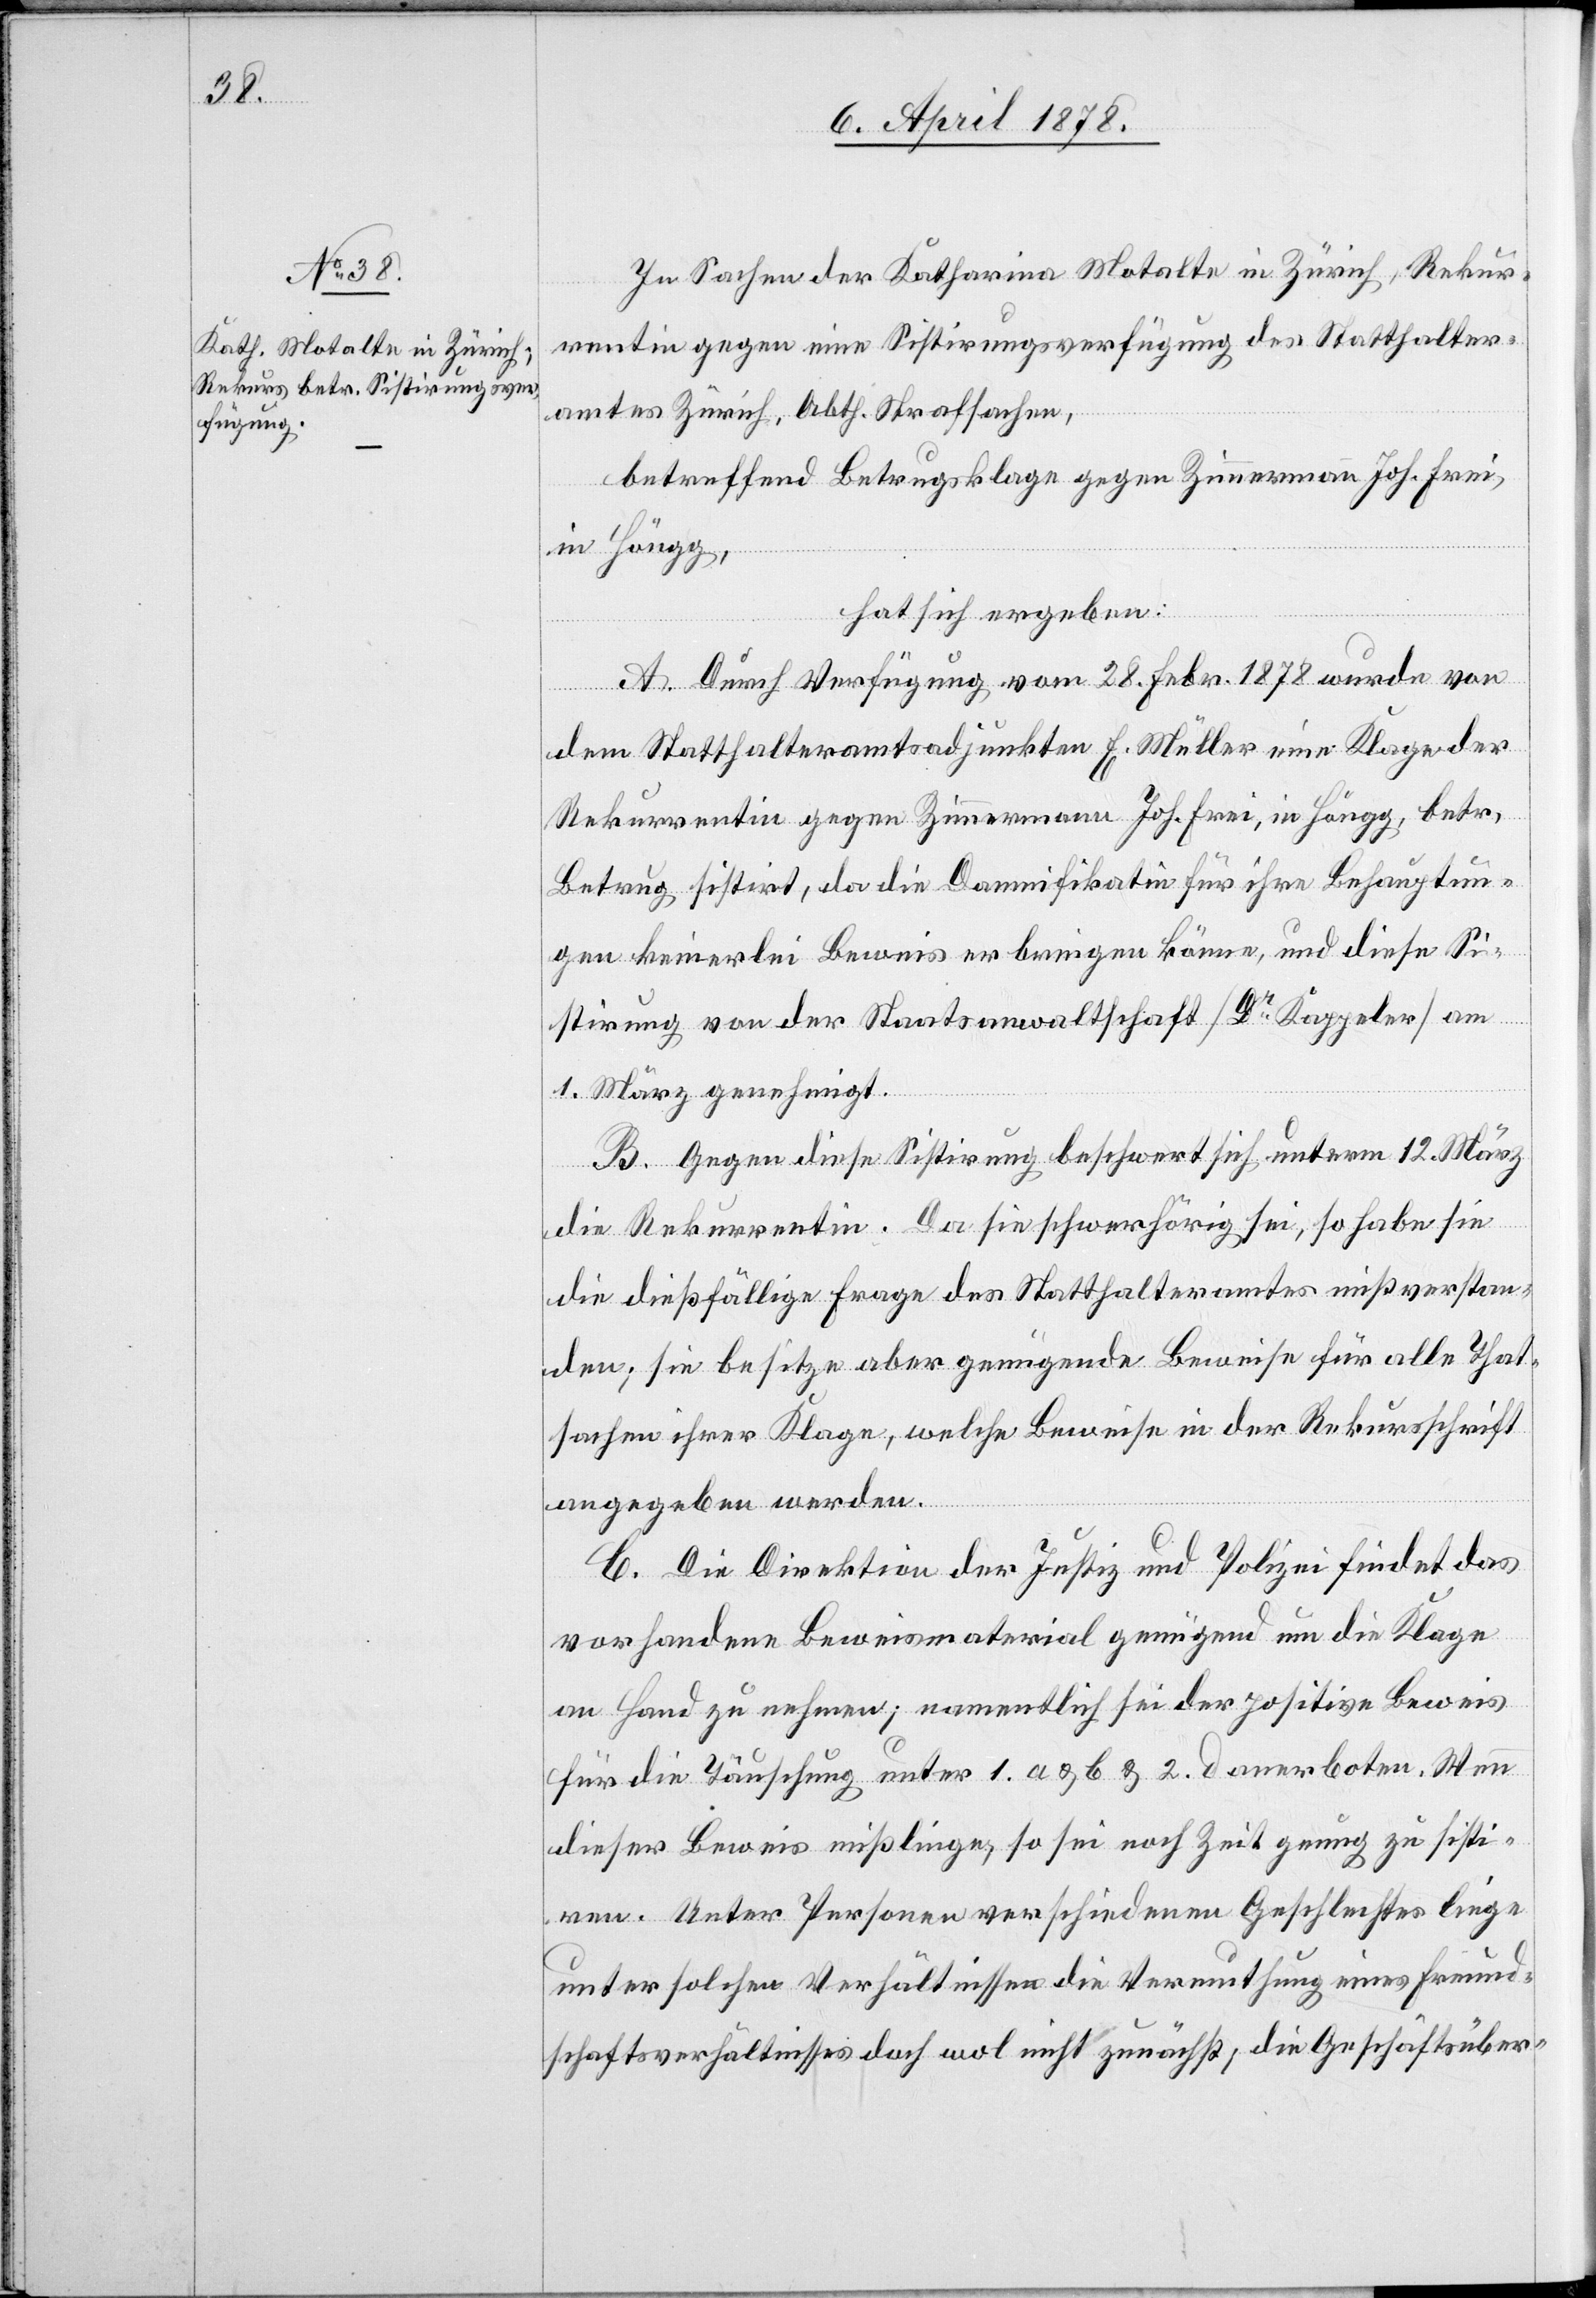
In Sachen der Katharina Motalte in Zürich, Rekur¬
rentin gegen eine Sistirungsverfügung des Statthalter¬
amtes Zürich, Abth. Strafsachen,
betreffend Betrugsklage gegen Zimmermann Joh. Frei
in Höngg,
hat sich ergeben:
A. Durch Verfügung vom 28. Febr. 1878 wurde von
ren.
dem Statthalteramtsadjunkten E. Füller eine Klage der
Rekurrentin gegen Zimmermann Joh. Frei, in Höngg, betr.
Betrug sistirt, da die Damnifikation für ihre Behauptun¬
gen keinerlei Beweis erbringen könne, und diese Si¬
stirung von der Staatsanwaltschaft (Dr Kappeler) am
1. März genehmigt.
B. Gegen diese Sistirung beschwert sich unterm 12. März
die Rekurrentin. Da sie schwerhörig sei, so habe sie
die dießfällige Frage des Statthalteramtes nicht verstan¬
den; sie besitze aber genügende Beweise für alle That¬
sachen ihrer Klage, welche Beweise in der Rekursschrift
angegeben werden.
C. Die Direktion der Justiz und Polizei findet das
vorhandene Beweismaterial genügend um die Klage
an Hand zu nehmen; namentlich sei der positive Beweis
für die Täuschung unter 1. a & b & 2. d anerboten. Wenn
dieser Beweis misslinge, so sei noch Zeit genug zu sisti¬
Unter Personen verschiedenen Geschlechtes liege
unter solchen Verhältnissen die Vermuthung eines Freund¬
schaftsverhältnisses doch wol nicht zunächst, die Geschäftsüber-